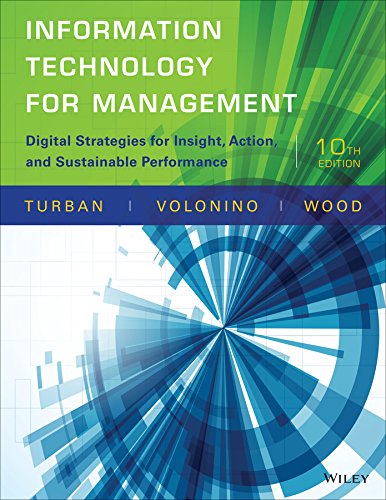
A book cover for Information Technology for Management: Digital Strategies for Insight, Action, and Sustainable Performance (Newest Edition); Efraim Turban; Computers & Technology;